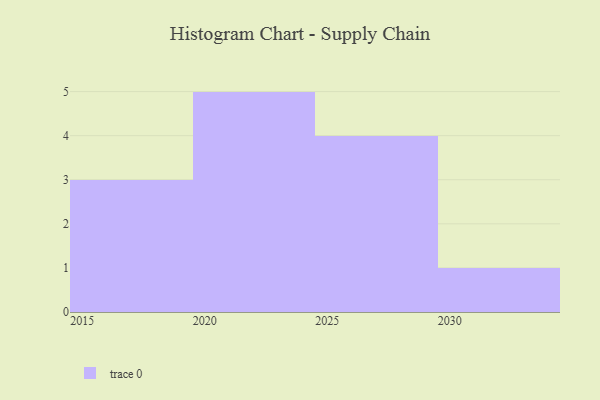
{"axis": {"x": "Year", "y": "Operating Costs (USD K)"}, "legend": [""], "data": [{"x": "2015", "y": 84, "type": ""}, {"x": "2023", "y": 24, "type": ""}, {"x": "2021", "y": 99, "type": ""}, {"x": "2024", "y": 91, "type": ""}, {"x": "2020", "y": 45, "type": ""}, {"x": "2018", "y": 27, "type": ""}, {"x": "2029", "y": 38, "type": ""}, {"x": "2026", "y": 95, "type": ""}, {"x": "2028", "y": 32, "type": ""}, {"x": "2030", "y": 68, "type": ""}, {"x": "2016", "y": 16, "type": ""}, {"x": "2027", "y": 42, "type": ""}, {"x": "2022", "y": 73, "type": ""}]}